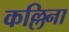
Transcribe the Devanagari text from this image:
कल्लिना